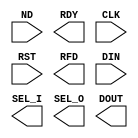
module distributed_arithmetic_fir_filter_spartan3e_9_0_a0f16f33fe1e1e5f(
	ND,
	RDY,
	CLK,
	RST,
	RFD,
	DIN,
	SEL_I,
	SEL_O,
	DOUT);


input ND;
output RDY;
input CLK;
input RST;
output RFD;
input [15 : 0] DIN;
output [0 : 0] SEL_I;
output [0 : 0] SEL_O;
output [31 : 0] DOUT;

// synthesis translate_off

      C_DA_FIR_V9_0 #(
		.C_BAAT(16),
		.C_CHANNELS(2),
		.C_COEFF_TYPE(0),
		.C_COEFF_WIDTH(16),
		.C_DATA_TYPE(0),
		.C_DATA_WIDTH(16),
		.C_ENABLE_RLOCS(0),
		.C_FILTER_TYPE(5),
		.C_HAS_RESET(1),
		.C_HAS_SEL_I(1),
		.C_HAS_SEL_O(1),
		.C_HAS_SIN_F(0),
		.C_HAS_SIN_R(0),
		.C_HAS_SOUT_F(0),
		.C_HAS_SOUT_R(0),
		.C_LATENCY(8),
		.C_MEM_INIT_FILE("distributed_arithmetic_fir_filter_spartan3e_9_0_a0f16f33fe1e1e5f.mif"),
		.C_OPTIMIZE(1),
		.C_POLYPHASE_FACTOR(1),
		.C_REG_OUTPUT(0),
		.C_RELOAD(0),
		.C_RELOAD_DELAY(82),
		.C_RELOAD_MEM_TYPE(1),
		.C_RESPONSE(0),
		.C_RESULT_WIDTH(32),
		.C_SATURATE(0),
		.C_SHAPE(0),
		.C_TAPS(7),
		.C_USE_MODEL_FUNC(0),
		.C_ZPF(1))
	inst (
		.ND(ND),
		.RDY(RDY),
		.CLK(CLK),
		.RST(RST),
		.RFD(RFD),
		.DIN(DIN),
		.SEL_I(SEL_I),
		.SEL_O(SEL_O),
		.DOUT(DOUT),
		.LD_DIN(),
		.COEF_LD(),
		.LD_WE(),
		.DOUT_I(),
		.DOUT_Q());


// synthesis translate_on

endmodule